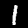
Label: 1